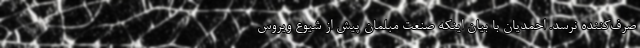
صرف‌کننده نرسد. احمدیان با بیان اینکه صنعت مبلمان پیش از شیوع ویروس